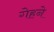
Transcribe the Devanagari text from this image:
गेहने